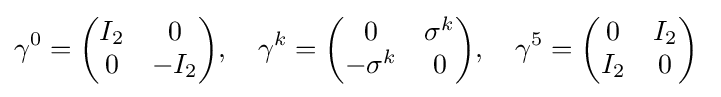
\gamma ^{0}={\begin{pmatrix}I_{2}&0\\0&-I_{2}\end{pmatrix}},\quad \gamma ^{k}={\begin{pmatrix}0&\sigma ^{k}\\-\sigma ^{k}&0\end{pmatrix}},\quad \gamma ^{5}={\begin{pmatrix}0&I_{2}\\I_{2}&0\end{pmatrix}}~